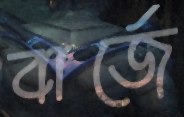
বার্জে